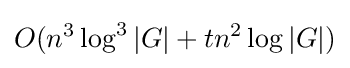
O(n^{3}\log ^{3}|G|+tn^{2}\log |G|)